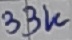
Text: 33K